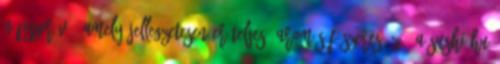
népszerűvé, amely jellegzetesen erőteljes, aromás fűszeres ízű. A sushi.hu